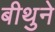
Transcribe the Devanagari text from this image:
बीथुने